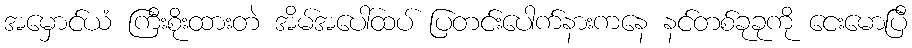
အမှောင်ယံ ကြီးစိုးထားတဲ အိမ်အပေါ်ထပ် ပြတင်းပေါက်နားကနေ နင်တစ်ခုခုကို ငေးမောပြီ